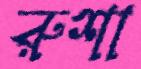
রুশা